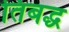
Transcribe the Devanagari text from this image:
तिबद्ध